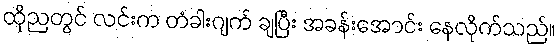
ထိုညတွင် လင်းက တံခါးဂျက် ချပြီး အခန်းအောင်း နေလိုက်သည်။